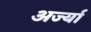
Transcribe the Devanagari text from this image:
अर्ज्या